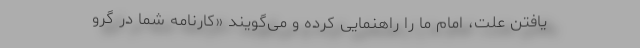
یافتن علت، امام ما را راهنمایی کرده و می‌گویند «کارنامه شما در گرو